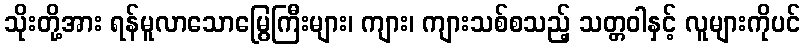
သိုးတို့အား ရန်မူလာသောမြွေကြီးများ၊ ကျား၊ ကျားသစ်စသည့် သတ္တဝါနှင့် လူများကိုပင်